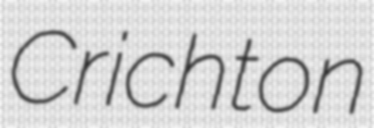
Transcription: Crichton